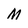
Character: M